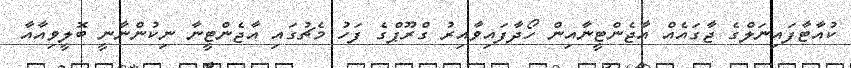
ކުއާޓާފައިނަލްގެ ޖާގައެއް އާޖެންޓީނާއިން ހޯދާފައިވާއިރު ގްރޫޕްގެ ފަހު މެޗުގައި އާޖެންޓީނާ ނިކުންނާނީ ބޮލީވިއާއާ